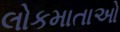
લોકમાતાઓ